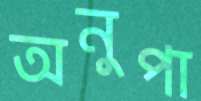
অনুপা